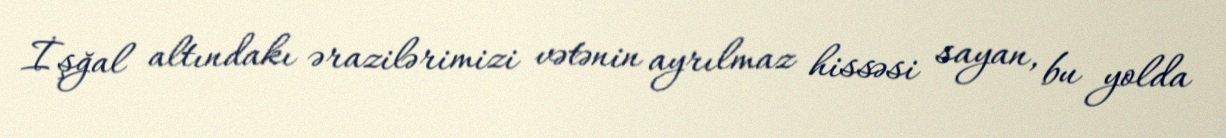
İşğal altındakı ərazilərimizi vətənin ayrılmaz hissəsi sayan, bu yolda